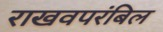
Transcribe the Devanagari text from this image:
राखवपरंबिल